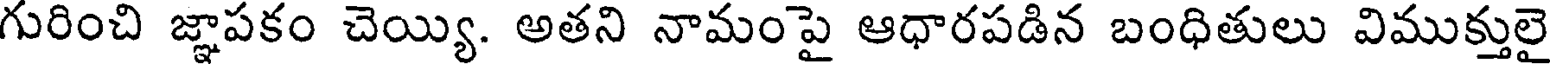
గురించి జ్ఞాపకం చెయ్యి. అతని నామంపై ఆధారపడిన బంధితులు విముక్తులై